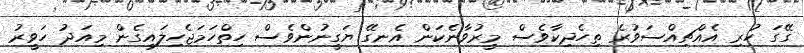
ގޭގަ ހުރި އެއްޗިއްސަވުރެ ތިހެދިކާވެސް މީރުވާނެކަން އެނގޭ ޔަގީނުންވެސް ހިތްހަމަޖެހިލައިގެން މިއަދު ހަވީރު